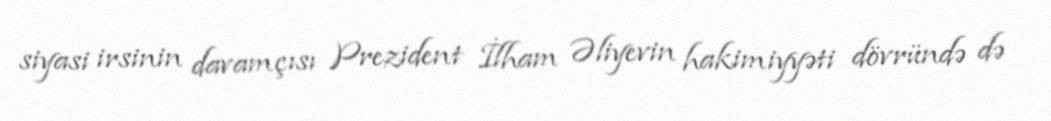
siyasi irsinin davamçısı Prezident İlham Əliyevin hakimiyyəti dövründə də